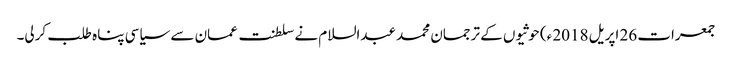
جمعرات 26 اپریل 2018 ء) حوثیوں کے ترجمان محمد عبدالسلام نے سلطنت عمان سے سیاسی پناہ طلب کرلی۔